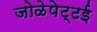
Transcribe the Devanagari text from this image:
जोळेपेट्टई